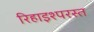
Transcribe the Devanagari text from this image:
रिहाइश्परस्त